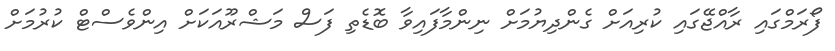
ފޯރަމްގައި ރާއްޖޭގައި ކުރިއަށް ގެންދިޔުމަށް ނިންމާފައިވާ ބޮޑެތި ފަސް މަޝްރޫއަކަށް އިންވެސްޓް ކުރުމަށް